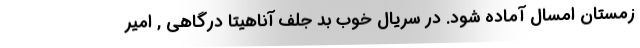
زمستان امسال آماده شود. در سریال خوب بد جلف آناهیتا درگاهی , امیر